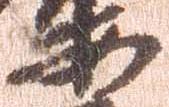
安